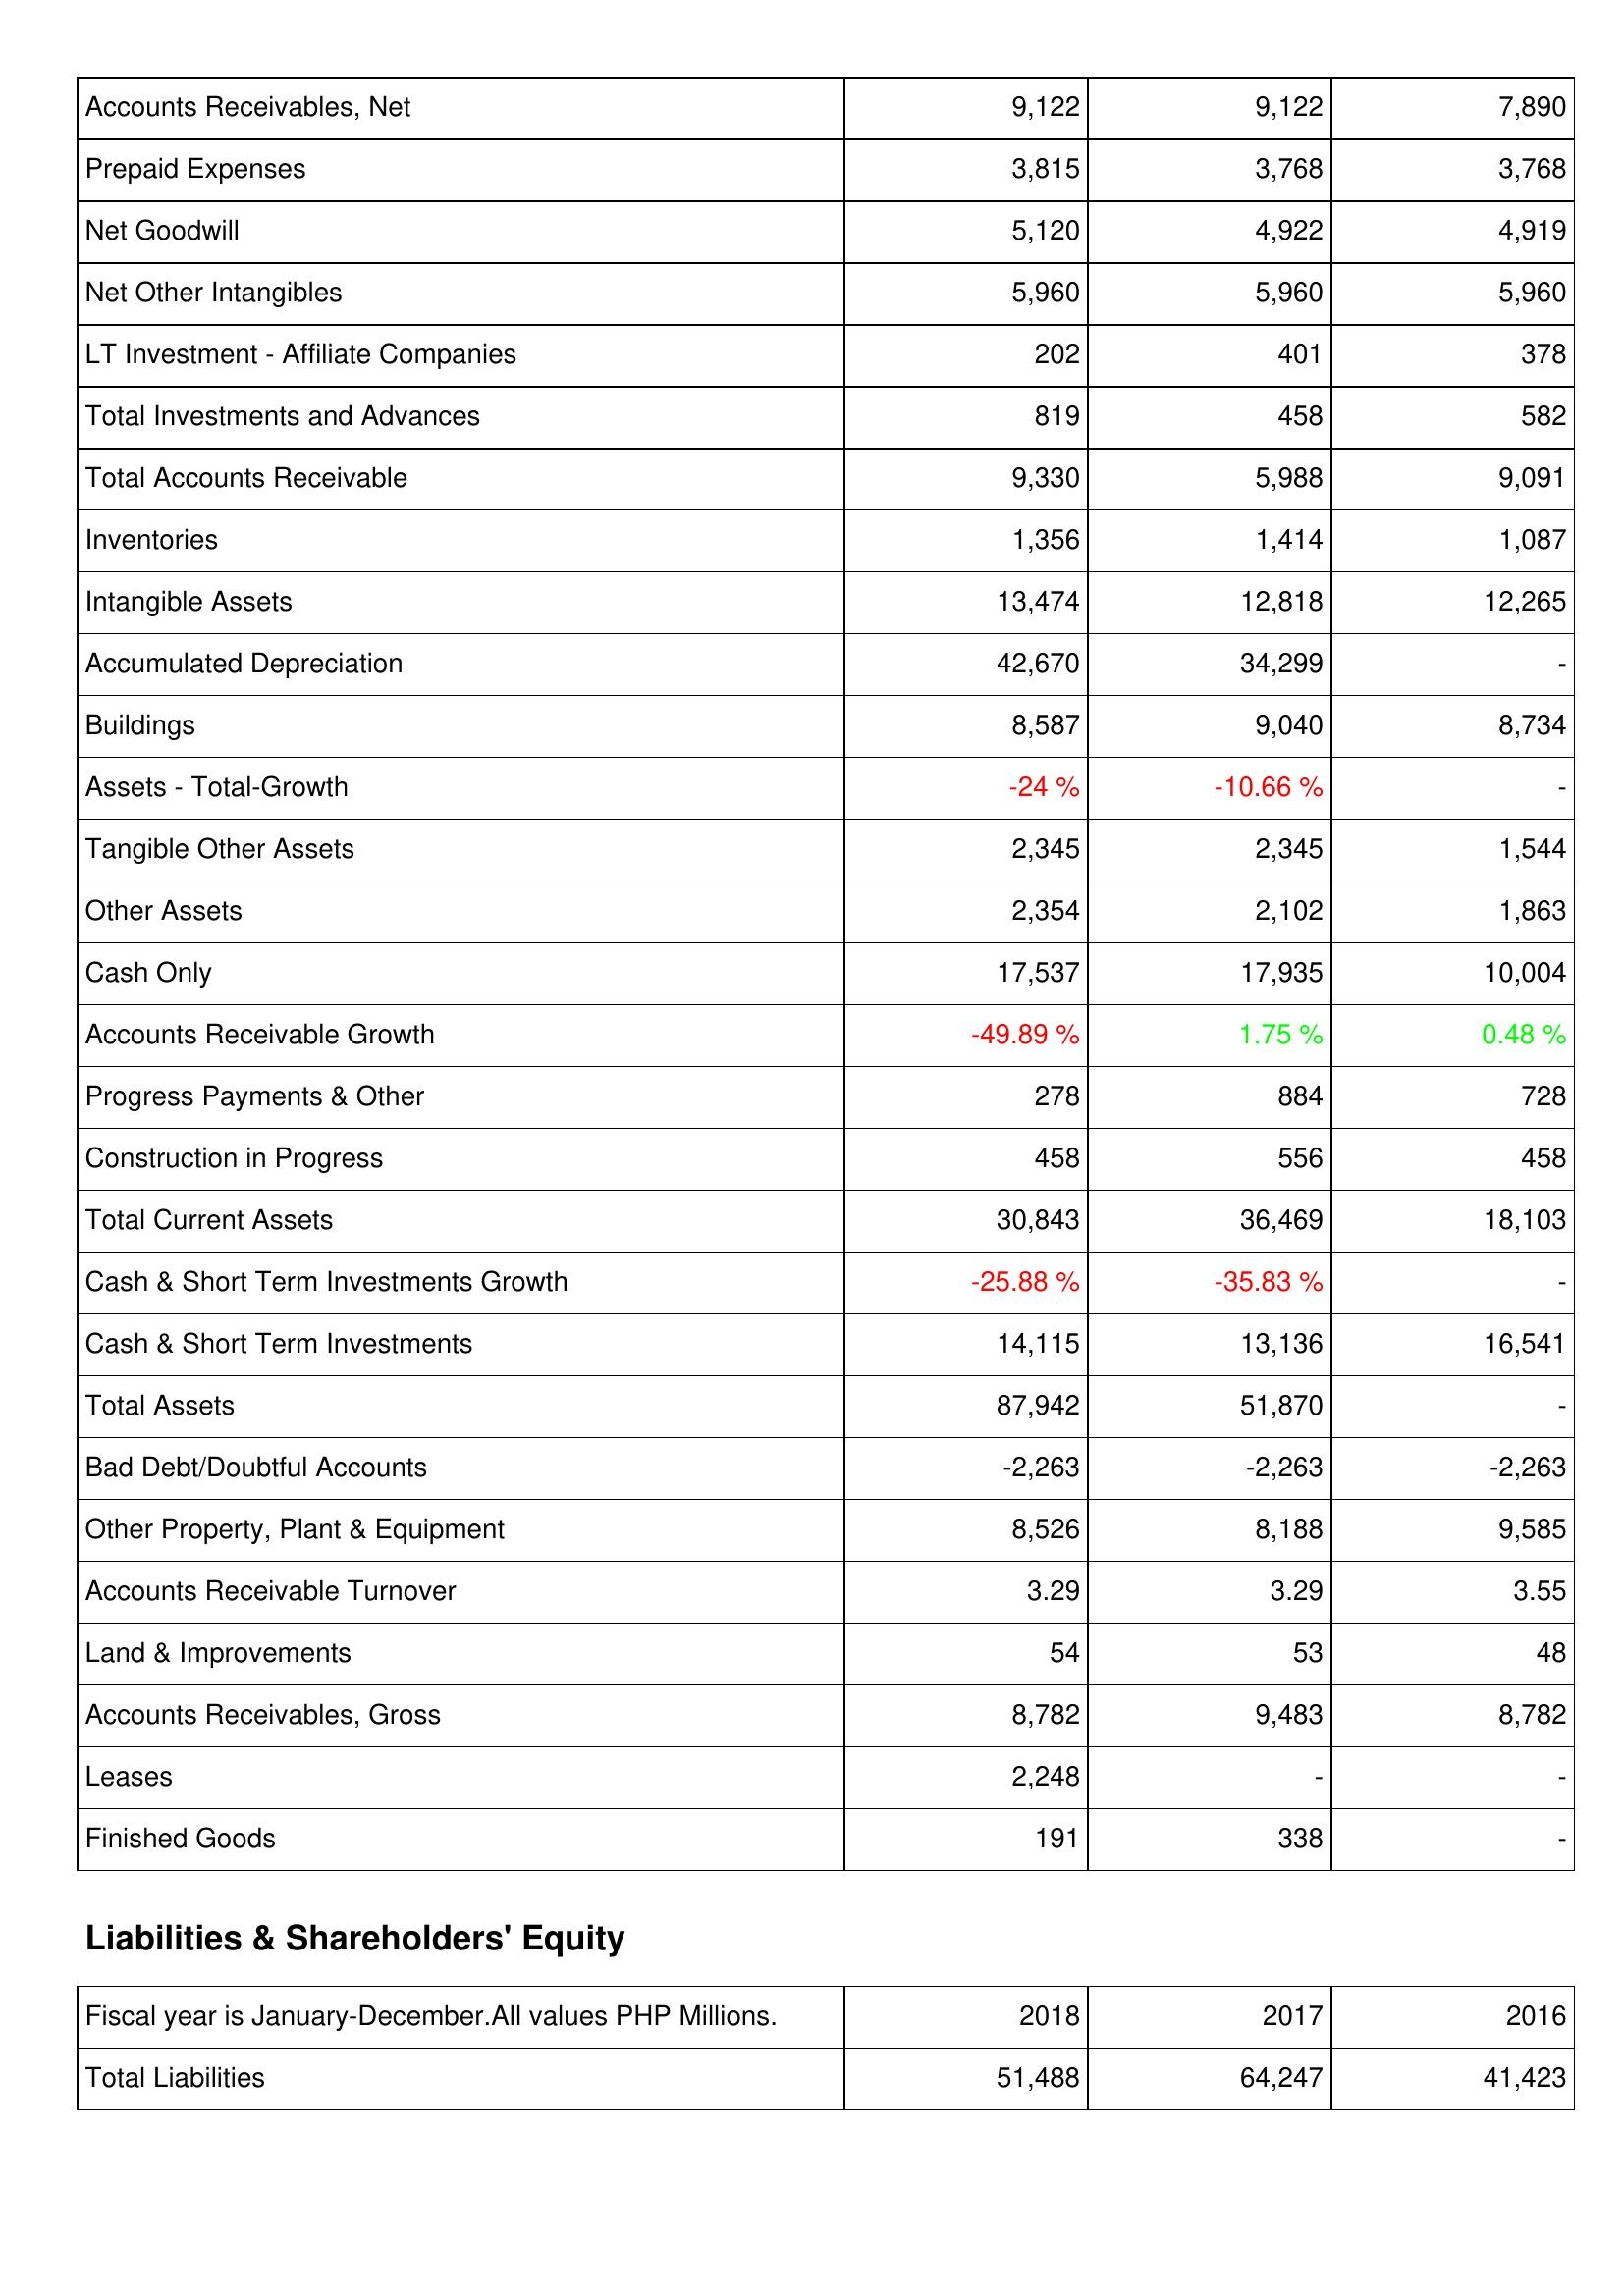
2018: Assets: Accounts Receivables, Net: 9,122
Prepaid Expenses: 3,815
Net Goodwill: 5,120
Net Other Intangibles: 5,960
LT Investment - Affiliate Companies: 202
Total Investments and Advances: 819
Total Accounts Receivable: 9,330
Inventories: 1,356
Intangible Assets: 13,474
Accumulated Depreciation: 42,670
Buildings: 8,587
Assets - Total-Growth: -24 %
Tangible Other Assets: 2,345
Other Assets: 2,354
Cash Only: 17,537
Accounts Receivable Growth: -49.89 %
Progress Payments & Other: 278
Construction in Progress: 458
Total Current Assets: 30,843
Cash & Short Term Investments Growth: -25.88 %
Cash & Short Term Investments: 14,115
Total Assets: 87,942
Bad Debt/Doubtful Accounts: -2,263
Other Property, Plant & Equipment: 8,526
Accounts Receivable Turnover: 3.29
Land & Improvements: 54
Accounts Receivables, Gross: 8,782
Leases: 2,248
Finished Goods: 191
Liabilities & Shareholders' Equity: Total Liabilities: 51,488
2017: Assets: Accounts Receivables, Net: 9,122
Prepaid Expenses: 3,768
Net Goodwill: 4,922
Net Other Intangibles: 5,960
LT Investment - Affiliate Companies: 401
Total Investments and Advances: 458
Total Accounts Receivable: 5,988
Inventories: 1,414
Intangible Assets: 12,818
Accumulated Depreciation: 34,299
Buildings: 9,040
Assets - Total-Growth: -10.66 %
Tangible Other Assets: 2,345
Other Assets: 2,102
Cash Only: 17,935
Accounts Receivable Growth: 1.75 %
Progress Payments & Other: 884
Construction in Progress: 556
Total Current Assets: 36,469
Cash & Short Term Investments Growth: -35.83 %
Cash & Short Term Investments: 13,136
Total Assets: 51,870
Bad Debt/Doubtful Accounts: -2,263
Other Property, Plant & Equipment: 8,188
Accounts Receivable Turnover: 3.29
Land & Improvements: 53
Accounts Receivables, Gross: 9,483
Leases: -
Finished Goods: 338
Liabilities & Shareholders' Equity: Total Liabilities: 64,247
2016: Assets: Accounts Receivables, Net: 7,890
Prepaid Expenses: 3,768
Net Goodwill: 4,919
Net Other Intangibles: 5,960
LT Investment - Affiliate Companies: 378
Total Investments and Advances: 582
Total Accounts Receivable: 9,091
Inventories: 1,087
Intangible Assets: 12,265
Accumulated Depreciation: -
Buildings: 8,734
Assets - Total-Growth: -
Tangible Other Assets: 1,544
Other Assets: 1,863
Cash Only: 10,004
Accounts Receivable Growth: 0.48 %
Progress Payments & Other: 728
Construction in Progress: 458
Total Current Assets: 18,103
Cash & Short Term Investments Growth: -
Cash & Short Term Investments: 16,541
Total Assets: -
Bad Debt/Doubtful Accounts: -2,263
Other Property, Plant & Equipment: 9,585
Accounts Receivable Turnover: 3.55
Land & Improvements: 48
Accounts Receivables, Gross: 8,782
Leases: -
Finished Goods: -
Liabilities & Shareholders' Equity: Total Liabilities: 41,423